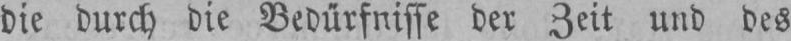
die durch die Bedürfnisse der Zeit und des